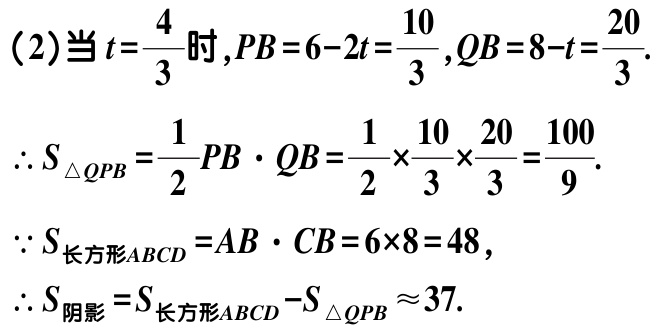
（2）当\(t = \frac{4}{3}\)时，\(PB = 6 - 2t = \frac{10}{3}\)，\(QB = 8 - t = \frac{20}{3}\)。

\(\therefore S_{\triangle QPB}=\frac{1}{2}PB\cdot QB=\frac{1}{2}\times\frac{10}{3}\times\frac{20}{3}=\frac{100}{9}\)。

\(\because S_{长方形ABCD}=AB\cdot CB = 6\times8 = 48\)，

\(\therefore S_{阴影}=S_{长方形ABCD}-S_{\triangle QPB}\approx37\)。